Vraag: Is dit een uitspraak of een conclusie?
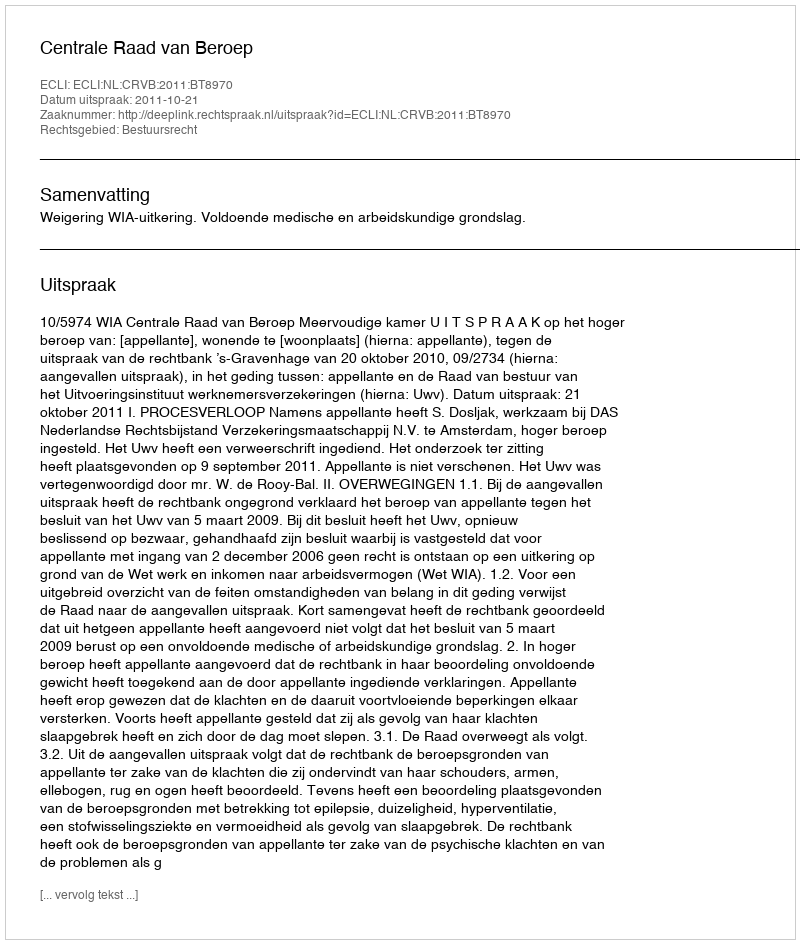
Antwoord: Uitspraak